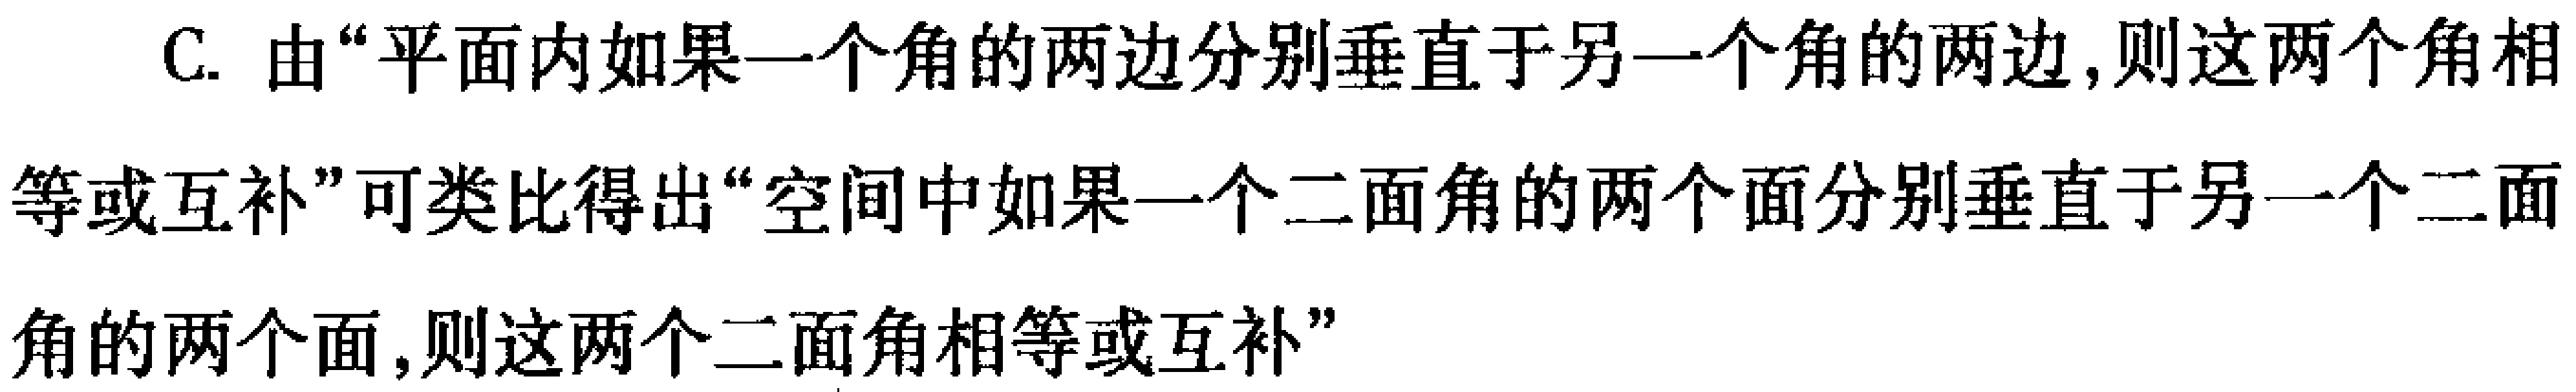
C. 由“平面内如果一个角的两边分别垂直于另一个角的两边,则这两个角相
等或互补”可类比得出“空间中如果一个二面角的两个面分别垂直于另一个二面
角的两个面,则这两个二面角相等或互补”